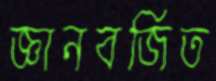
জ্ঞানবর্জিত